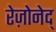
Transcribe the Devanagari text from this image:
रेज़ोनेद्